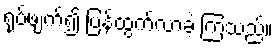
ရုပ်ဖျက်၍ ပြန်ထွက်လာခဲ့ ကြသည်။